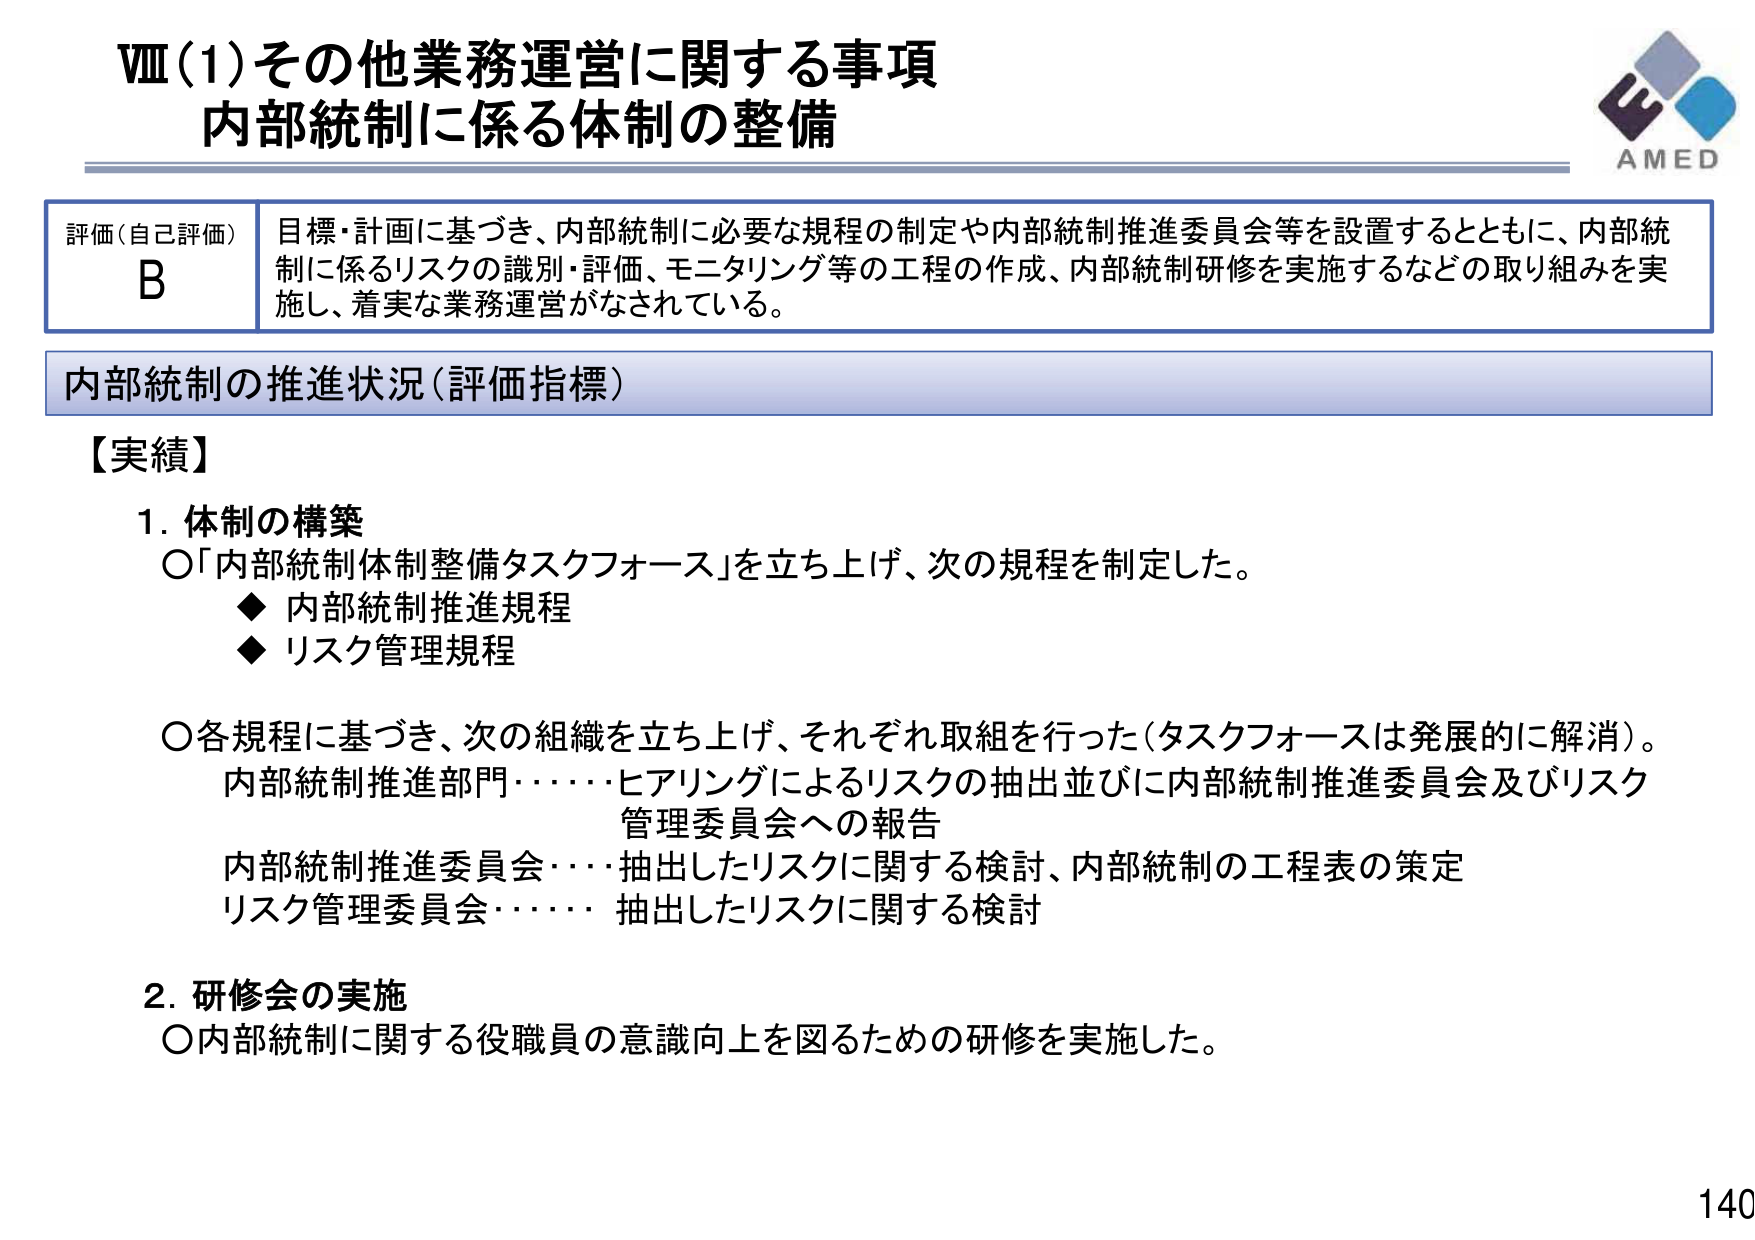
Ⅷ(1)その他業務運営に関する事項
内部統制に係る体制の整備

評価(自己評価)
B
目標・計画に基づき、内部統制に必要な規程の制定や内部統制推進委員会等を設置するとともに、内部統制に係るリスクの識別・評価、モニタリング等の工程の作成、内部統制研修を実施するなどの取り組みを実施し、着実な業務運営がなされている。

内部統制の推進状況(評価指標)

【実績】
1. 体制の構築
〇「内部統制体制整備タスクフォース」を立ち上げ、次の規程を制定した。
◆ 内部統制推進規程
◆ リスク管理規程
〇各規程に基づき、次の組織を立ち上げ、それぞれ取組を行った(タスクフォースは発展的に解消)。
内部統制推進部門･･････ヒアリングによるリスクの抽出並びに内部統制推進委員会及びリスク管理委員会への報告
内部統制推進委員会････抽出したリスクに関する検討、内部統制の工程表の策定
リスク管理委員会･･････抽出したリスクに関する検討

2. 研修会の実施
〇内部統制に関する役職員の意識向上を図るための研修を実施した。

AMED
140